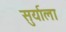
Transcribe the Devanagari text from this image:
सुर्याला